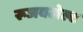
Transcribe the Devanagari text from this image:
रूजवलेल्ट